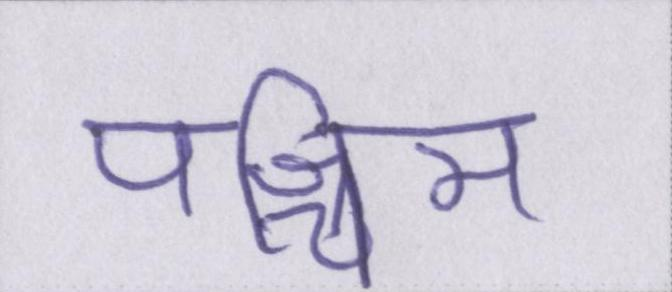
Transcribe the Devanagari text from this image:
पश्चिम